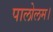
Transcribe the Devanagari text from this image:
पालोलम।